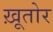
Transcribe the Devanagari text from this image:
ख़ूतोर